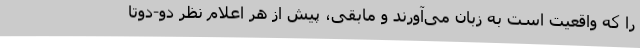
را که واقعیت است به زبان می‌آورند و مابقی، پیش از هر اعلام نظر دو-دوتا